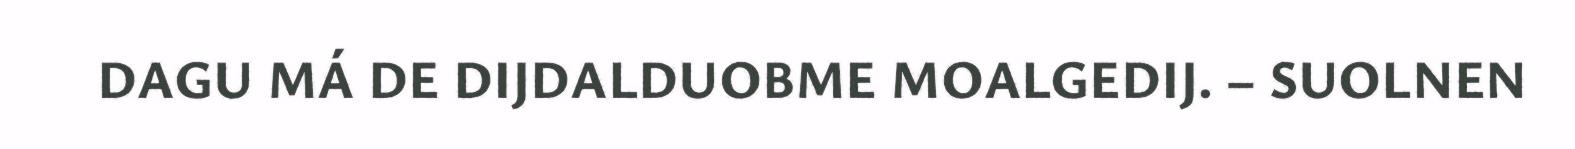
DAGU MÁ DE DIJDALDUOBME MOALGEDIJ. – SUOLNEN